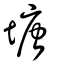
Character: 塘